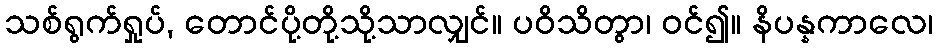
သစ်ရွက်ရှုပ်, တောင်ပို့တို့သို့သာလျှင်။ ပဝိသိတွာ၊ ဝင်၍။ နိပန္နကာလေ၊